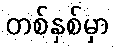
တစ်နှစ်မှာ